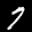
Label: 7